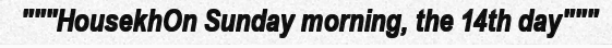
"""HousekhOn Sunday morning, the 14th day"""